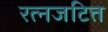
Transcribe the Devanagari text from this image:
रत्नजटित